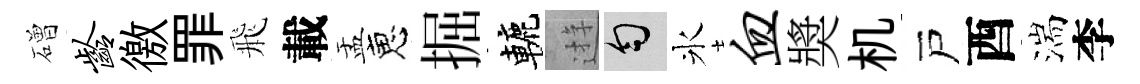
磳龄徼罪飛載盂恵掘轆逰匀氷血奬机戸酉湍李